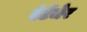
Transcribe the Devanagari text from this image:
एंटेंजेर